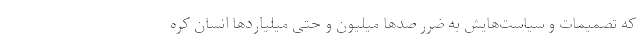
که تصمیمات و سیاست‌هایش به ضرر صدها میلیون و حتی میلیاردها انسان کره